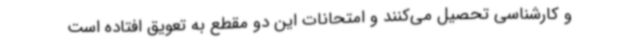
و کارشناسی تحصیل می‌کنند و امتحانات این دو مقطع به تعویق افتاده است